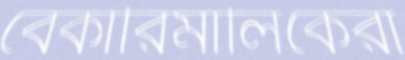
বেকারিমালিকেরা